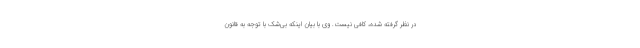
در نظر گرفته شده، کافی نیست. وی با بیان اینکه بی‌شک با توجه به قانون